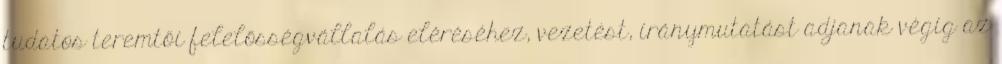
tudatos teremtői felelősségvállalás eléréséhez, vezetést, iránymutatást adjanak végig az